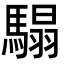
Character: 𩥑